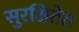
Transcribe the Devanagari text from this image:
सुरक्षितेत